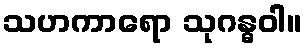
သဟကာရော သုဂန္ဓဝါ။